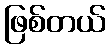
ဖြစ်တယ်